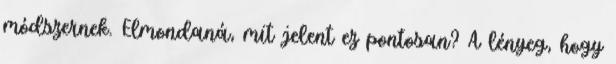
módszernek. Elmondaná, mit jelent ez pontosan? A lényeg, hogy